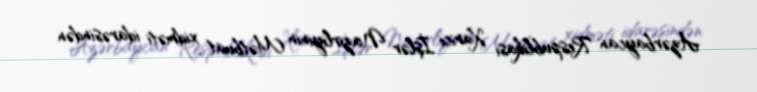
Azərbaycan Respublikası Xarici İşlər Nazirliyinin Mətbuat xidməti idarəsindən